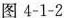
图4-1-2